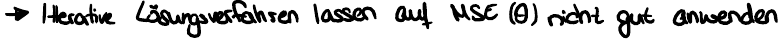
-> Interative Lösungsverfahren lassen auf MSE (O) nicht gut anwenden